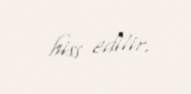
hiss edilir.